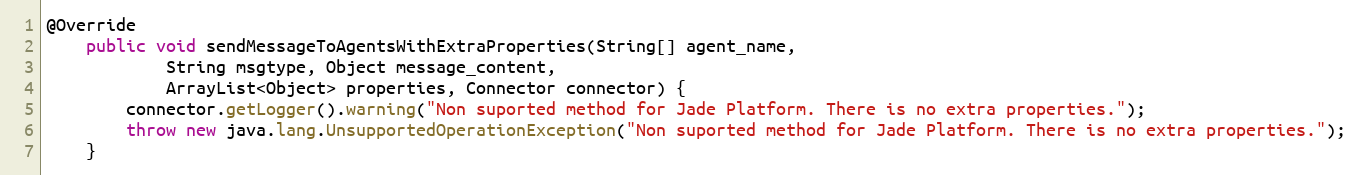
Language: Java
@Override
    public void sendMessageToAgentsWithExtraProperties(String[] agent_name,
            String msgtype, Object message_content,
            ArrayList<Object> properties, Connector connector) {
        connector.getLogger().warning("Non suported method for Jade Platform. There is no extra properties.");
        throw new java.lang.UnsupportedOperationException("Non suported method for Jade Platform. There is no extra properties.");
    }